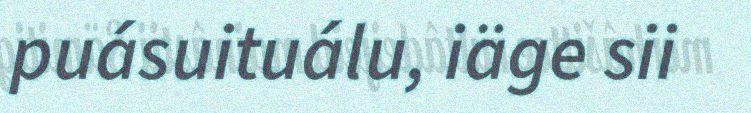
puásuituálu, iäge sii